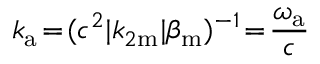
k _ { \mathrm { a } } \! = \! ( c ^ { 2 } | k _ { 2 \mathrm { m } } | \beta _ { \mathrm { m } } ) ^ { - 1 } \! = \! \frac { \omega _ { \mathrm { a } } } { c }